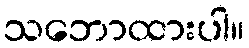
သဘောထားပါ။